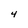
Character: 4